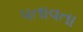
પતાવતા